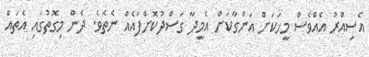
އެސިއްރު އެއްވެސް މީހަކަށް އަންގާކަށް އެމީދާ ގަސްދުކޮށްފައެއް ނެތެވެ. ދެން މިގޮތުގައި އެތައް